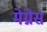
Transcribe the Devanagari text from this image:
मेग्नेस